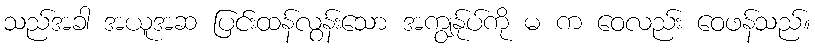
သည်အခါ အယူအဆ ပြင်းထန်လွန်းသော အကျွန်ုပ်ကို မ က ဝေလည်း ဝေဖန်သည်။